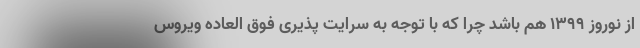
از نوروز 1399 هم باشد چرا که با توجه به سرایت پذیری فوق العاده ویروس